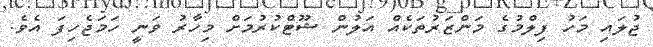
ޖުލައި މަހު ފިލްމުގެ މަންޒަރުތަކެއް އަލުން ޝޫޓްކުރުމަށް މިހާރު ވަނީ ހަމަޖެހިފަ އެވެ.